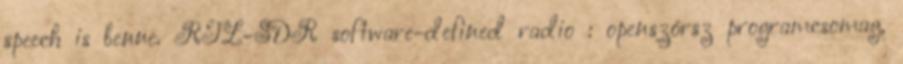
speech is benne. RTL-SDR software-defined radio : openszórsz programcsomag,